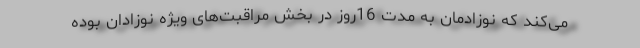
می‌کند که نوزادمان به مدت 16روز در بخش مراقبت‌های ویژه نوزادان بوده